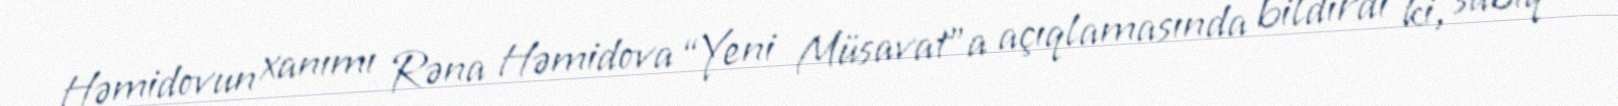
Həmidovun xanımı Rəna Həmidova “Yeni Müsavat”a açıqlamasında bildirdi ki, sabiq